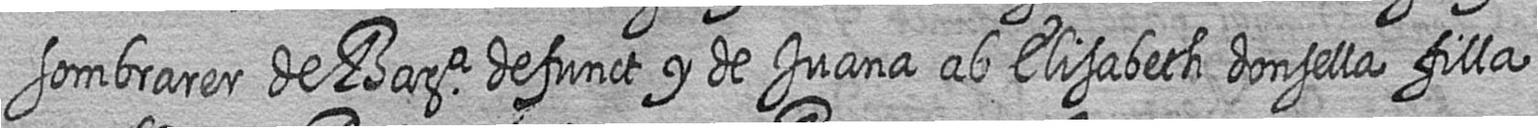
sombrarer de Bara defunct y de Juana ab Elisabeth donsella filla